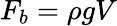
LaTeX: F_{b}=\rho gV